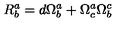
R _ { b } ^ { a } = d \Omega _ { b } ^ { a } + \Omega _ { c } ^ { a } \Omega _ { b } ^ { c }